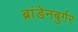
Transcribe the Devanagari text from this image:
ब्रांडेनबुर्गर